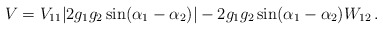
\begin{align*}V = V_{11} | 2g_1g_2\sin(\alpha_1-\alpha_2)| - 2g_1g_2\sin(\alpha_1-\alpha_2) W_{12}\,.\end{align*}